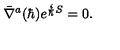
\bar { \nabla } ^ { a } ( \hbar ) e ^ { { \frac { i } { \hbar } } S } = 0 .